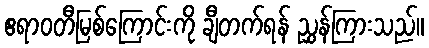
ဧရာဝတီမြစ်ကြောင်းကို ချီတက်ရန် ညွှန်ကြားသည်။